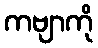
ကဗျာကို